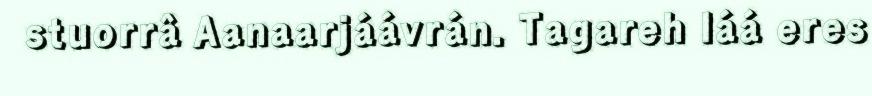
stuorrâ Aanaarjáávrán. Tagareh láá eres